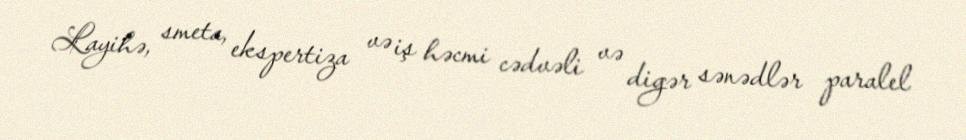
Layihə, smeta, ekspertiza və iş həcmi cədvəli və digər sənədlər paralel